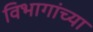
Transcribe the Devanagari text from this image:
विभागांच्‍या